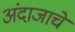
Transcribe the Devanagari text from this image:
अंदाजाचे